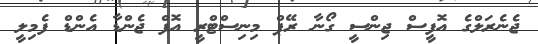
ޖެނެރަލްގެ އޮފީސް ޖިންސީ ގޯނާ ރޭޕް މިނިސްޓްރީ އޮފް ޖެންޑާ އެންޑް ފެމިލީ